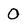
Character: 0